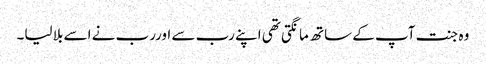
وہ جنت آپ کے ساتھ مانگتی تھی اپنے رب سے اوررب نے اسے بلا لیا۔